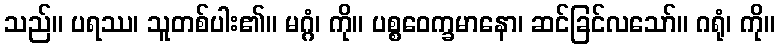
သည်။ ပရဿ၊ သူတစ်ပါး၏။ မဂ္ဂံ၊ ကို။ ပစ္စဝေက္ခမာနော၊ ဆင်ခြင်လသော်။ ဂရုံ၊ ကို။